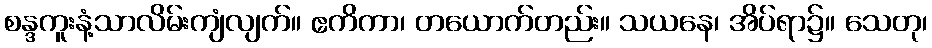
စန္ဒကူးနံ့သာလိမ်းကျံလျက်။ ဧကိကာ၊ တယောက်တည်း။ သယနေ၊ အိပ်ရာ၌။ သေတု၊